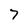
Character: 7